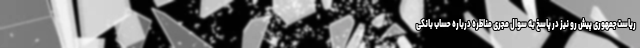
ریاست‌جمهوری پیش رو نیز در پاسخ به سوال مجری مناظره درباره حساب بانکی